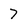
Character: 7